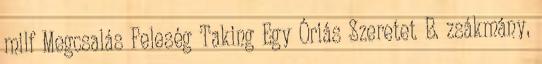
milf Megcsalás Feleség Taking Egy Óriás Szeretet B. zsákmány,